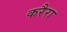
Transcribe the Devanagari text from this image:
करैरा